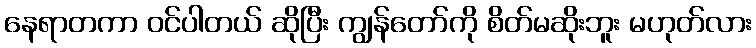
နေရာတကာ ဝင်ပါတယ် ဆိုပြီး ကျွန်တော်ကို စိတ်မဆိုးဘူး မဟုတ်လား